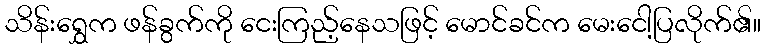
သိန်းရွှေက ဖန်ခွက်ကို ငေးကြည့်နေသဖြင့် မောင်ခင်က မေးငေါ့ပြလိုက်၏။